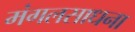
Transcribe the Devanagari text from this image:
मंगलसाधना